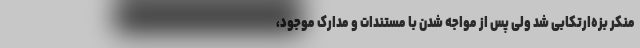
منکر بزه‌ارتکابی شد ولی پس از مواجه شدن با مستندات و مدارک موجود،